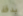
بدقة